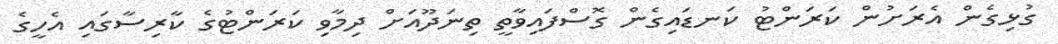
ގުޅިގެން އެރަށުން ކަރަންޓު ކަނޑައިގެން ގޮސްފައިވާތީ ތިނަދޫއަށް ދިމާވި ކަރަންޓުގެ ކާރިސާގައި އެހީގެ